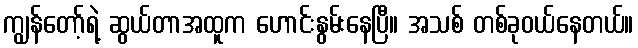
ကျွန်တော့်ရဲ့ ဆွယ်တာအထူက ဟောင်းနွမ်းနေပြီ။ အသစ် တစ်ခုဝယ်နေတယ်။